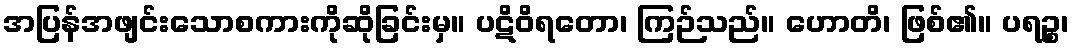
အပြန်အဖျင်းသောစကားကိုဆိုခြင်းမှ။ ပဋိဝိရတော၊ ကြဉ်သည်။ ဟောတိ၊ ဖြစ်၏။ ပရဉ္စ၊